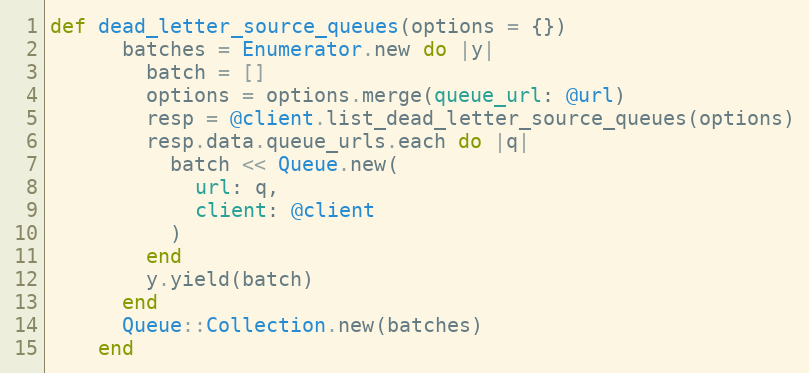
Language: Ruby
def dead_letter_source_queues(options = {})
      batches = Enumerator.new do |y|
        batch = []
        options = options.merge(queue_url: @url)
        resp = @client.list_dead_letter_source_queues(options)
        resp.data.queue_urls.each do |q|
          batch << Queue.new(
            url: q,
            client: @client
          )
        end
        y.yield(batch)
      end
      Queue::Collection.new(batches)
    end